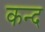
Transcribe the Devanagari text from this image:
कन्‍द